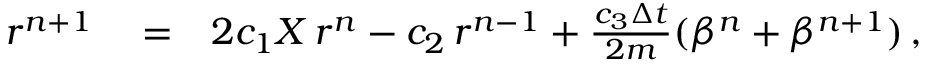
\begin{array} { r l r } { r ^ { n + 1 } } & { { } = } & { 2 c _ { 1 } X \, r ^ { n } - c _ { 2 } \, r ^ { n - 1 } + \frac { c _ { 3 } \Delta { t } } { 2 m } ( \beta ^ { n } + \beta ^ { n + 1 } ) \, , } \end{array}